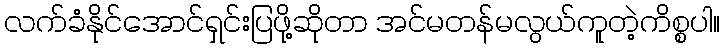
လက်ခံနိုင်အောင်ရှင်းပြဖို့ဆိုတာ အင်မတန်မလွယ်ကူတဲ့ကိစ္စပါ။